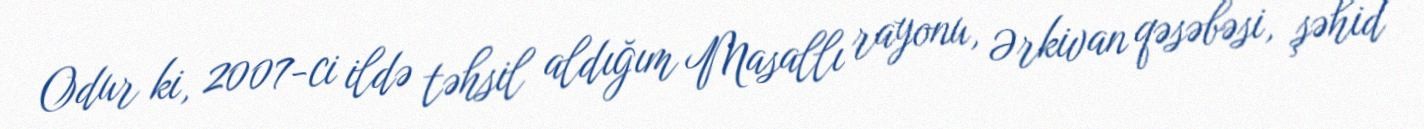
Odur ki, 2007-ci ildə təhsil aldığım Masallı rayonu, Ərkivan qəsəbəsi, şəhid